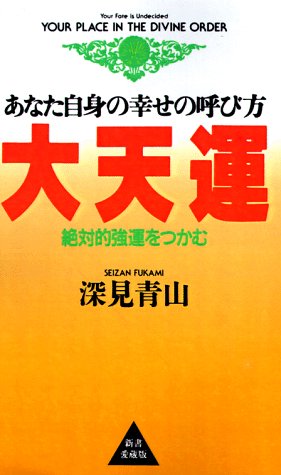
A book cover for Your Place in the Divine Order; Toshu Fukami; Religion & Spirituality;